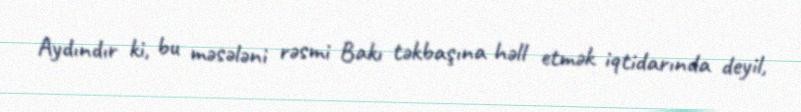
Aydındır ki, bu məsələni rəsmi Bakı təkbaşına həll etmək iqtidarında deyil,